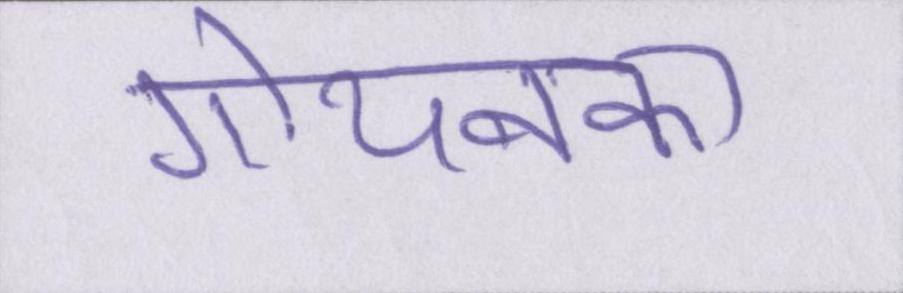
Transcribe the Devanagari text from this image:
गोयनका